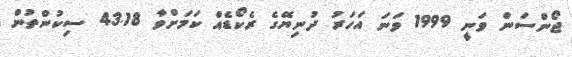
ޖޯންސަން ވަނީ 1999 ވަނަ އަހަރު ދުނިޔޭގެ ރެކޯޑެއް ކަމަށްވާ 43.18 ސިކުންތުން